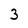
Character: 3